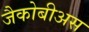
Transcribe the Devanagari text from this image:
जैकोबीअस